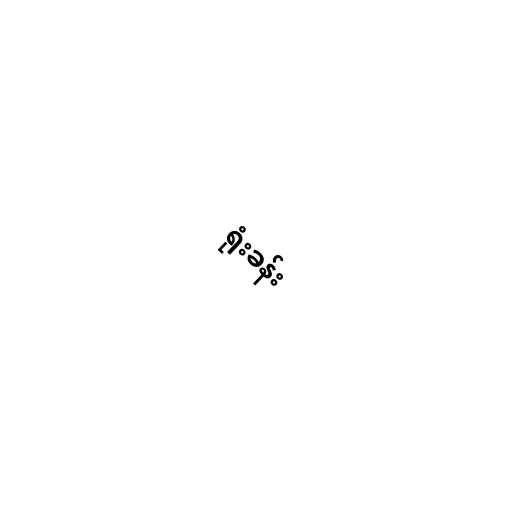
ရုံးခန်း